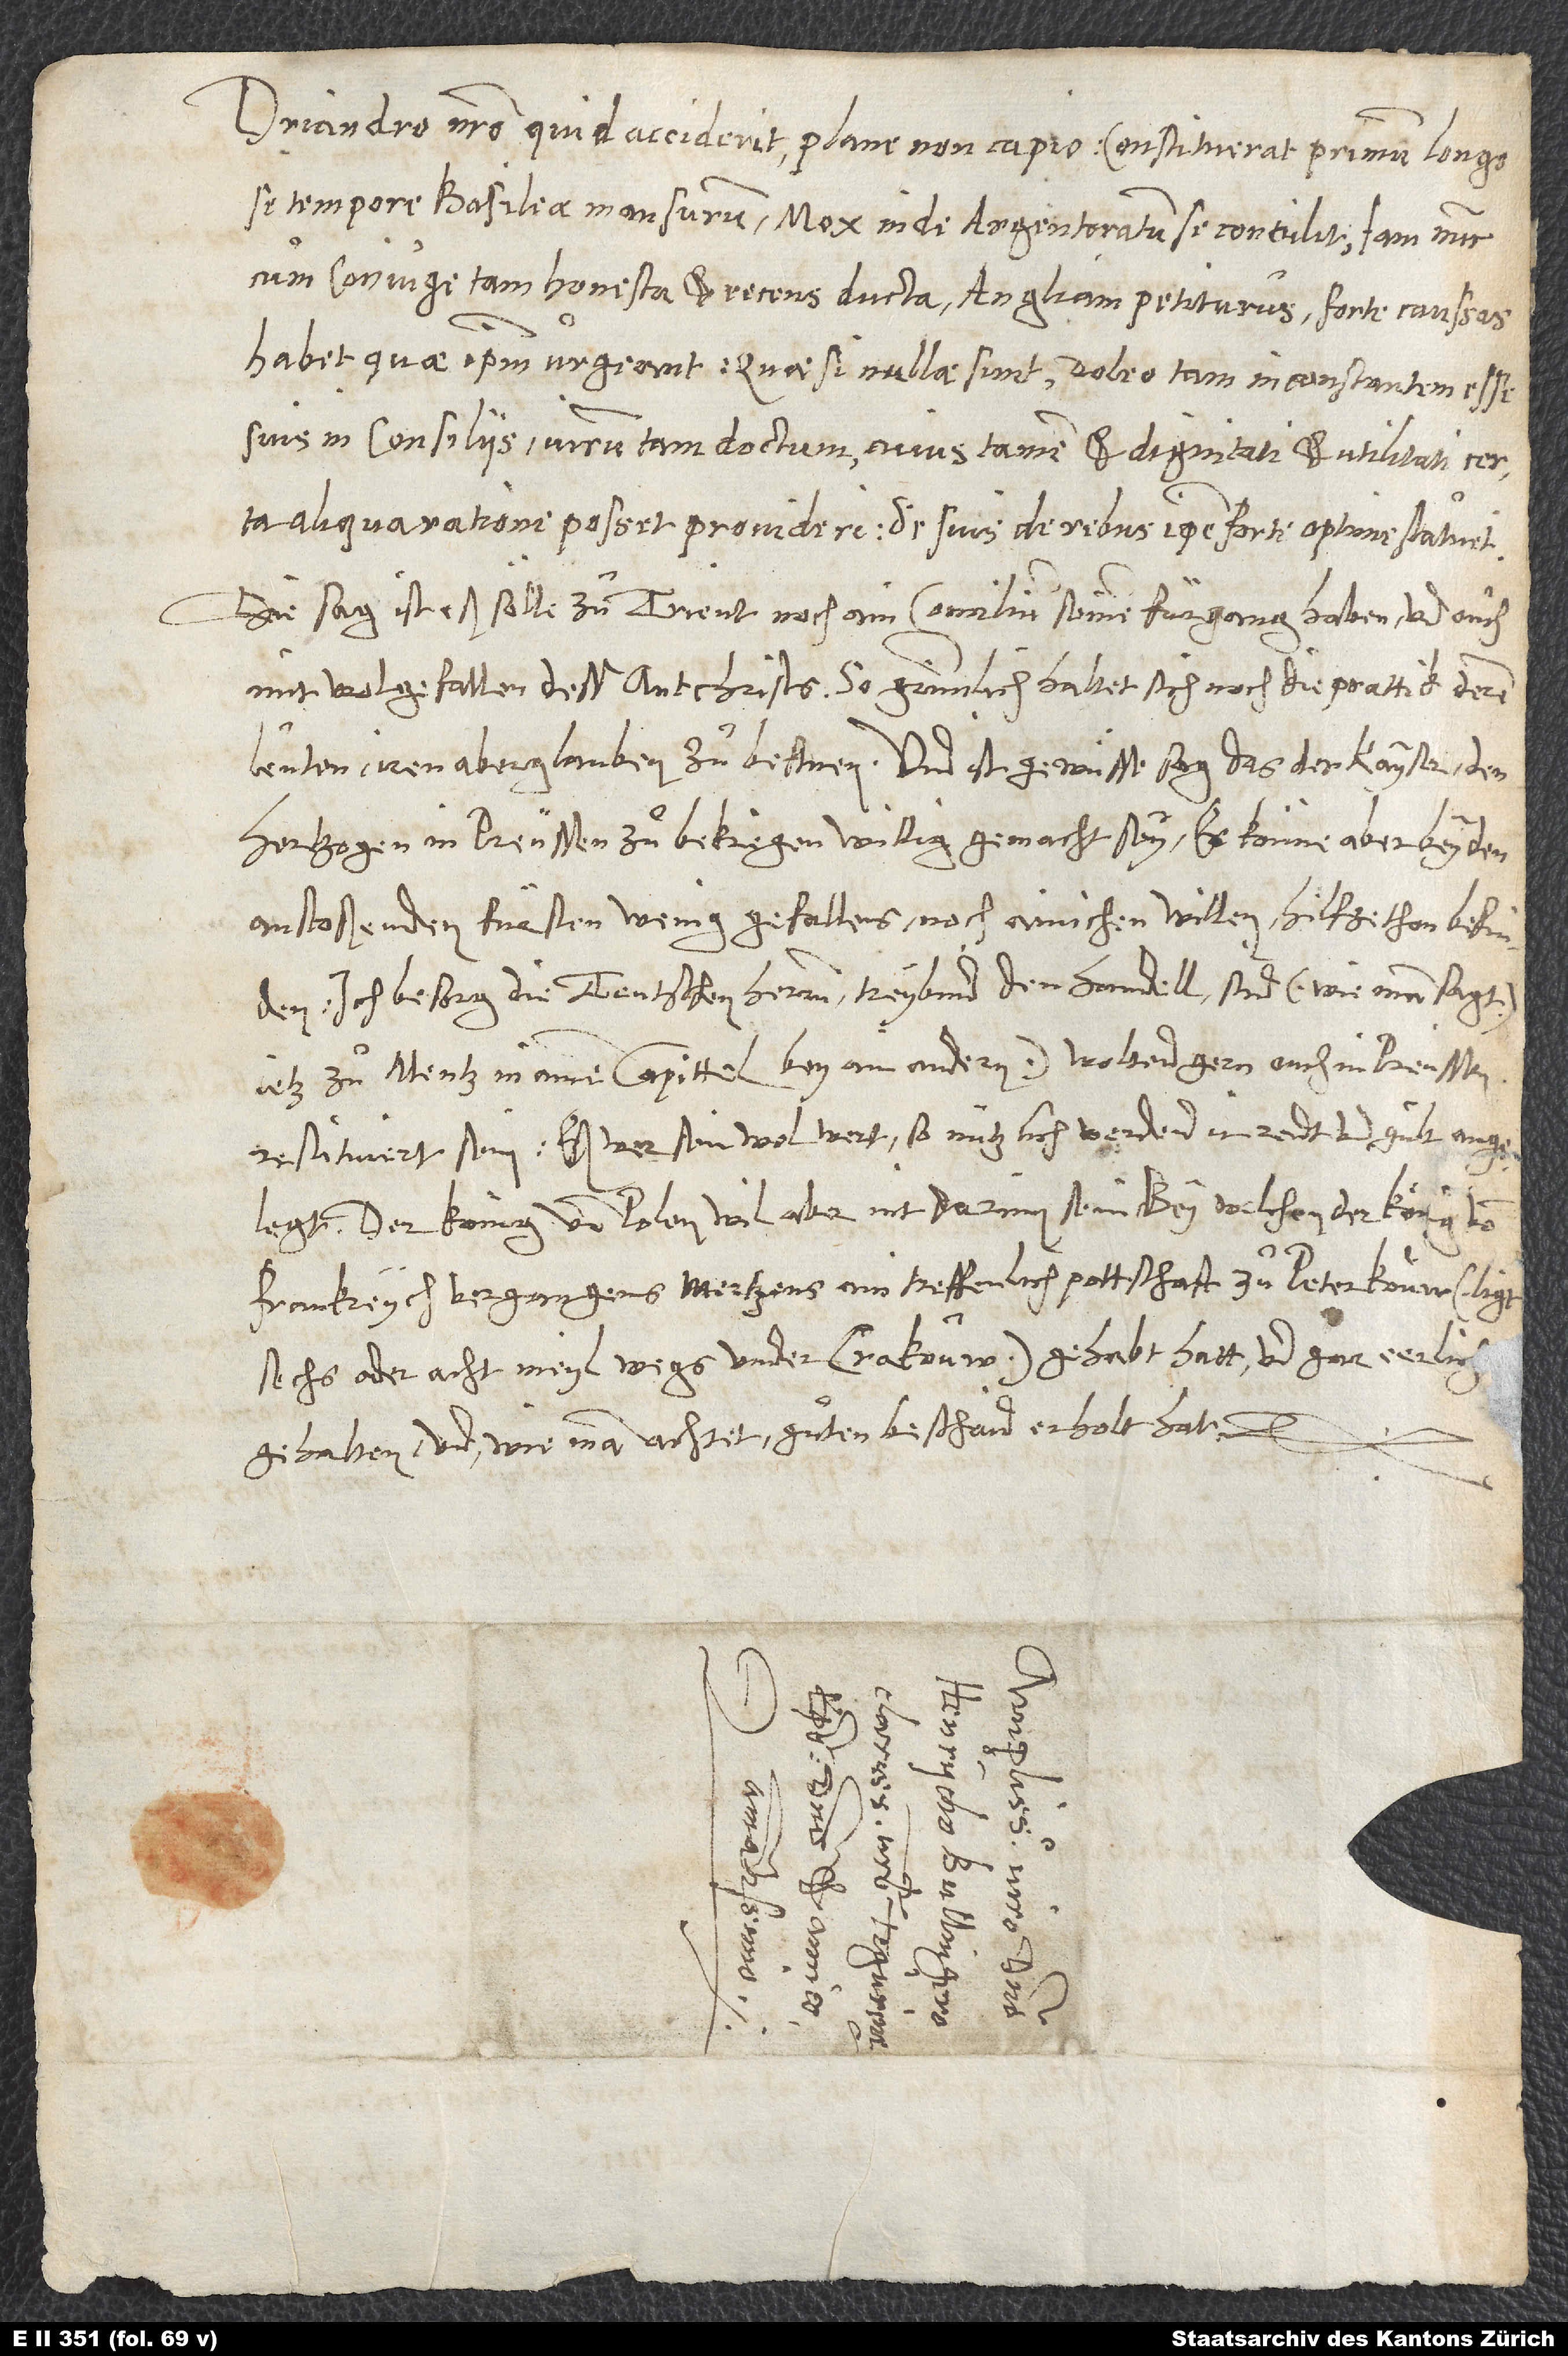
Driandro nostro quid acciderit, plane non capio. Constituerat primum, longo
se tempore Basileae mansurum. Mox inde Argentoratum se contulit, iam nunc
cum coniuge tam honesta et recens ducta Angliam petiturus. Forte aussas
habet, quae ipsum urgeant. Quae si nullae sunt, doleo, tam inconstantem esse
suis in consiliis virum tam doctum, cuius tamen et dignitati et utilitati certa
aliqua ratione posset provideri. Sed suis de rebus ipse forte optime statuet.
Die sag ist, eß solle zuͦ Trient noch ain concilium seinen fürgang haben und ouch
mit wolgefallen dess Antschrists. So grimmlich haltet sich noch die prattik deren
leuten, iren aberglauben zu befestnen. Und ist gewüsse sag, das der kayser den
hertzogen in Preussen zuͦ bekriegen willig gemacht sey; er könne aber bey den
anstoßenden fürsten wenig gefallens, noch ainichen willen hilf ze thon befinden.
Ich besorg, die Teutschen herren treybind den handell; sind (wie man sagt)
ietz zuͦ Mentz in ainem capittel bey ainandern, woltend gern ouch in Preussen
restituiert sein. Eß wer sein wol wert; so nützlich werdend ir rendt und gült angelegt.
Frankreych vergangens Mertzens ain teffenlich pottschaft zuͦ Peterkouw (ligt
sechs oder acht meyl wegs under Crakouw) gehabt hatt und gar errlich
gehalten und, wie man achtet, guͦten beschaid erholt hat.
S.